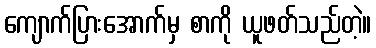
ကျောက်ပြားအောက်မှ စာကို ယူဖတ်သည်တဲ့။